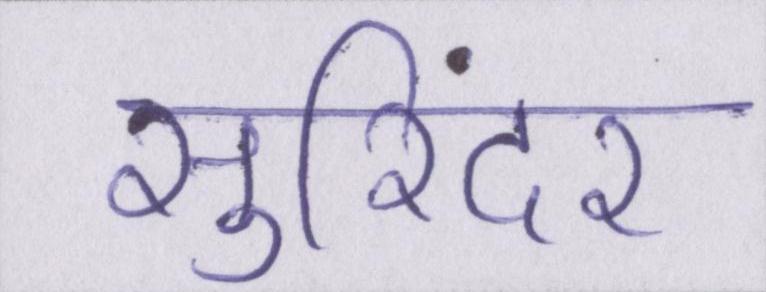
सुरिंदर